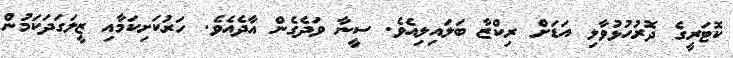
ކޮޓަރީގެ ދޮރުހުޅުވާލި އަޑަށް ރިކްޒާ ބަލައިލިއެވެ. ސީނާ ވަދެގެން އާދެއެވެ. ހަރުކަށިކަމާއި ޒީލަގަދަކަމުން